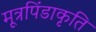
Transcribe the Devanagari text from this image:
मूत्रपिंडाकृति